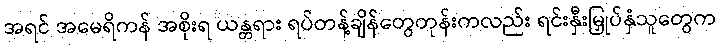
အရင် အမေရိကန် အစိုးရ ယန္တရား ရပ်တန့်ချိန်တွေတုန်းကလည်း ရင်းနှီးမြှုပ်နှံသူတွေက